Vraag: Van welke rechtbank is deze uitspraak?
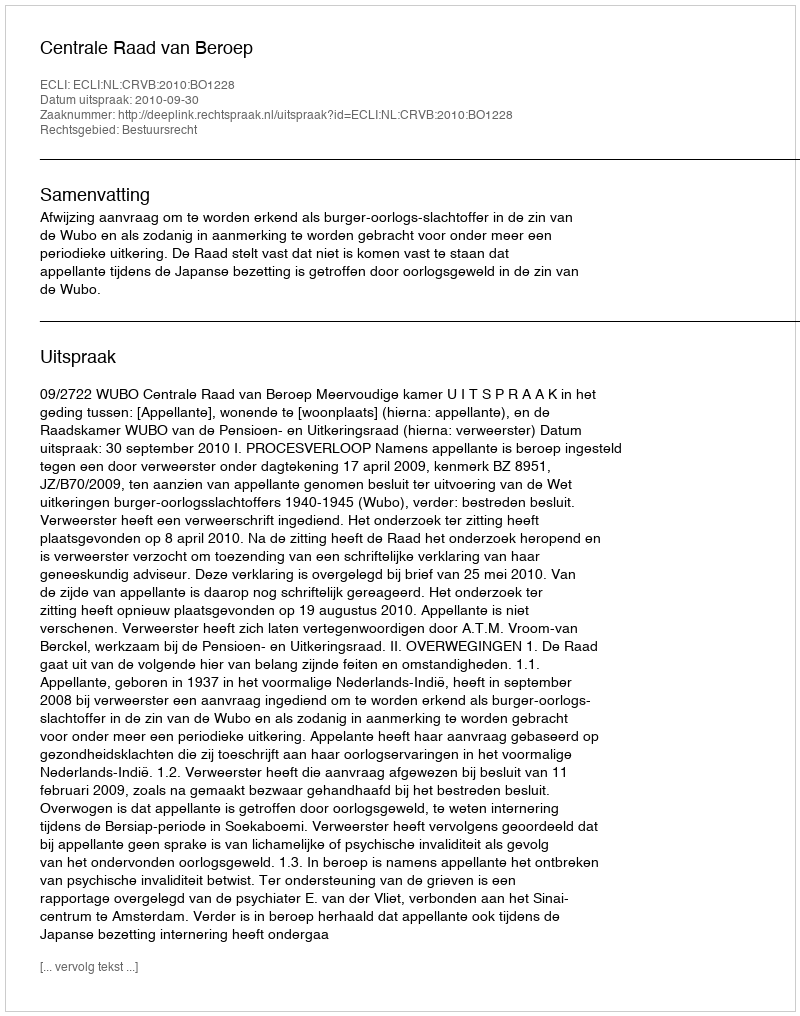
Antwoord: Centrale Raad van Beroep